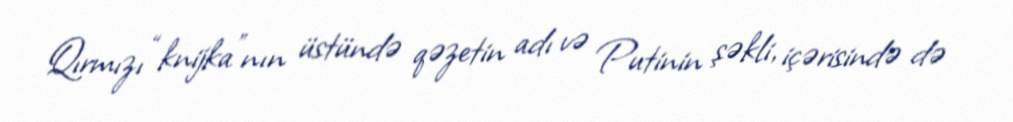
Qırmızı “knijka”nın üstündə qəzetin adı və Putinin şəkli, içərisində də